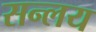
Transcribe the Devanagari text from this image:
सन्लय